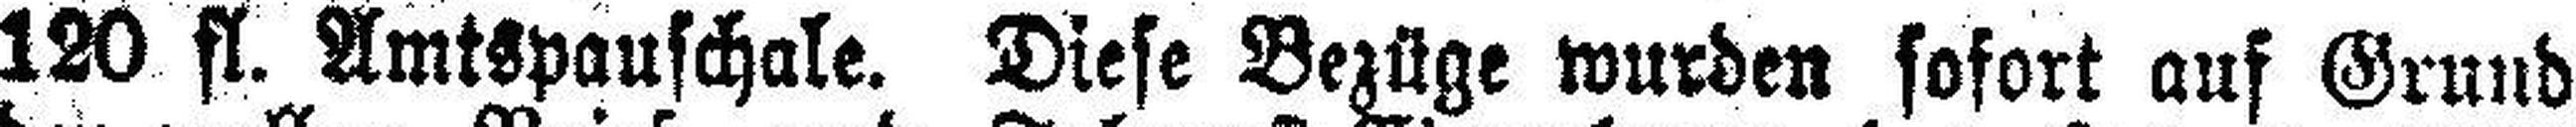
120 fl. Amtspauschale. Diese Bezüge wurden sofort auf Grund